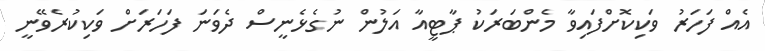
އެއް ފަހަރު ވަކިކޮށްފައިވާ މެންބަރަކު ޕާޓީއާ އަލުން ނުގެޅެނީސް ދެވަނަ ފަހަރަށް ވަކިކުރެވޭނީ